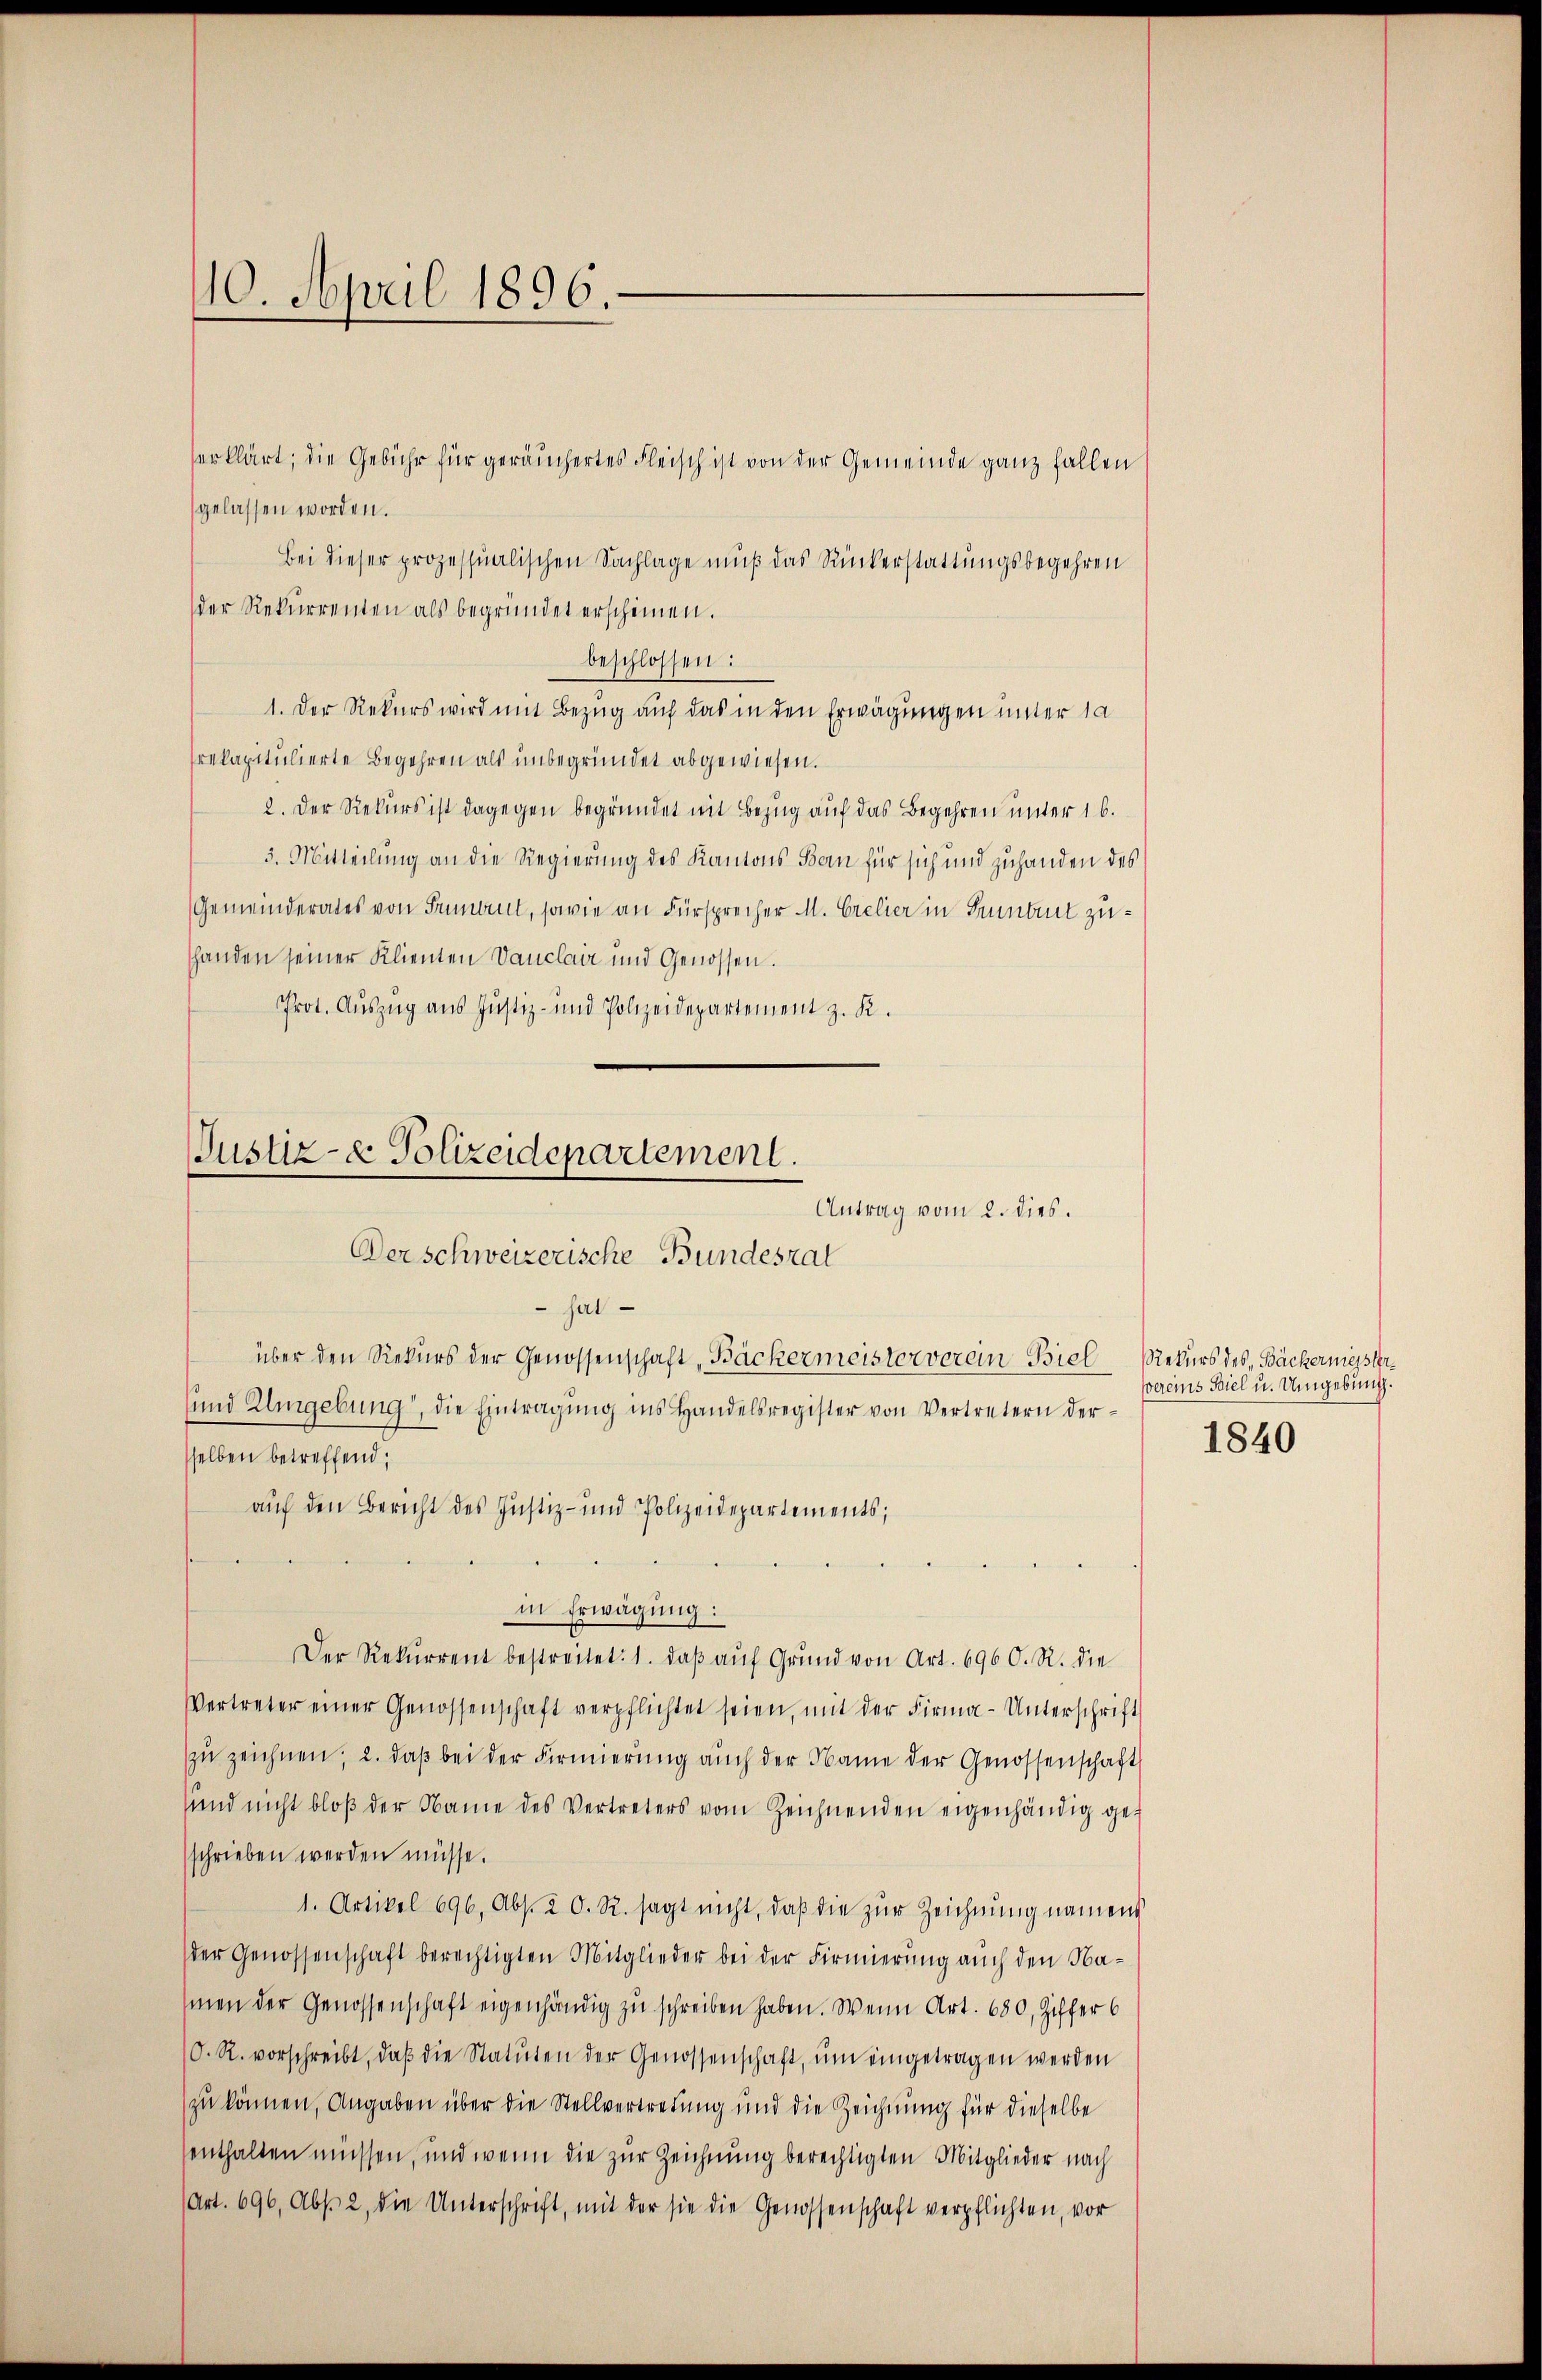
10. April 1896.

gelassen worden.
Bei dieser prozessualischen Sachlage muß das Ruckerstattungsbegehren
der Rekurrenten als begründet erscheinen.
beschlossen:
1. Der Rekurs wird mit Bezug auf das in den Erwägungen unter 10
rekapitulierte Begehren als unbegründet abgewiesen.
2. Der Rekurs ist dagegen begründet mit Bezug auf das Begehren unter 16.
3. Mitteilung an die Regierung des Kantons Bern für sich und zuhanden des
Gemeinderates von Sument, sowie an Fürsprecher M. Crelier in Sument zushanden seiner Klienten Vanclair und Genossen.
Prot. Auszug aus Justiz- und Polizeidepartement z. K.

erklärt; die Gebühr für geräuchertes Fleisch ist von der Gemeinde ganz fallen

Justiz- & Polizeidepartement.
Antrag vom 2. dies.
Der schweizerische Bundesrat
 hat
über den Rekurs der Genossenschaft „Bäckermeisterverein Biel
sund Umgebung, die Eintragung ins Handelsregister von Vertretern derselben betreffend,
auf den Bericht des Justiz- und Polizeidepartements;

in Erwägung:
Der Rekurrent bestreitet: 1. daß auf Grund von Art. 696 O. R. die
Vertreter einer Genossenschaft verpflichtet seien, mit der Firma-Unterschrift
zu zeichnen; 2. daβ bei der Firmierung auch der Name der Genossenschaft
sind nicht bloβ der Name des Vertreters vom Zeichnenden eigenhändig geschrieben werden müsse.
1. Artikel 696, Abs. 2 O. R. sagt nicht, daβ die zŭr Zeichnŭng namen
der Genossenschaft berechtigten Mitglieder bei der Firmierung auch den Namen der Genossenschaft eigenhändig zu schreiben haben. Wenn Art. 680, Ziffer 6
O. R. vorschreibt, daβ die Statuten der Genossenschaft, ŭm eingetragen werden
zu können, Angaben über die Stellvertretung und die Zeichnung für dieselbe
senthalten müssen, und wenn die zur Zeichnung berechtigten Mitglieder nach
Art. 696, Abs. 2, die Unterschrift, mit der sie die Genossenschaft verpflichten, vor

Rekurs des Bäckerniessler
vereins Biel u. Umgebung.

1840